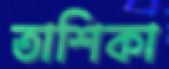
তাশিকা